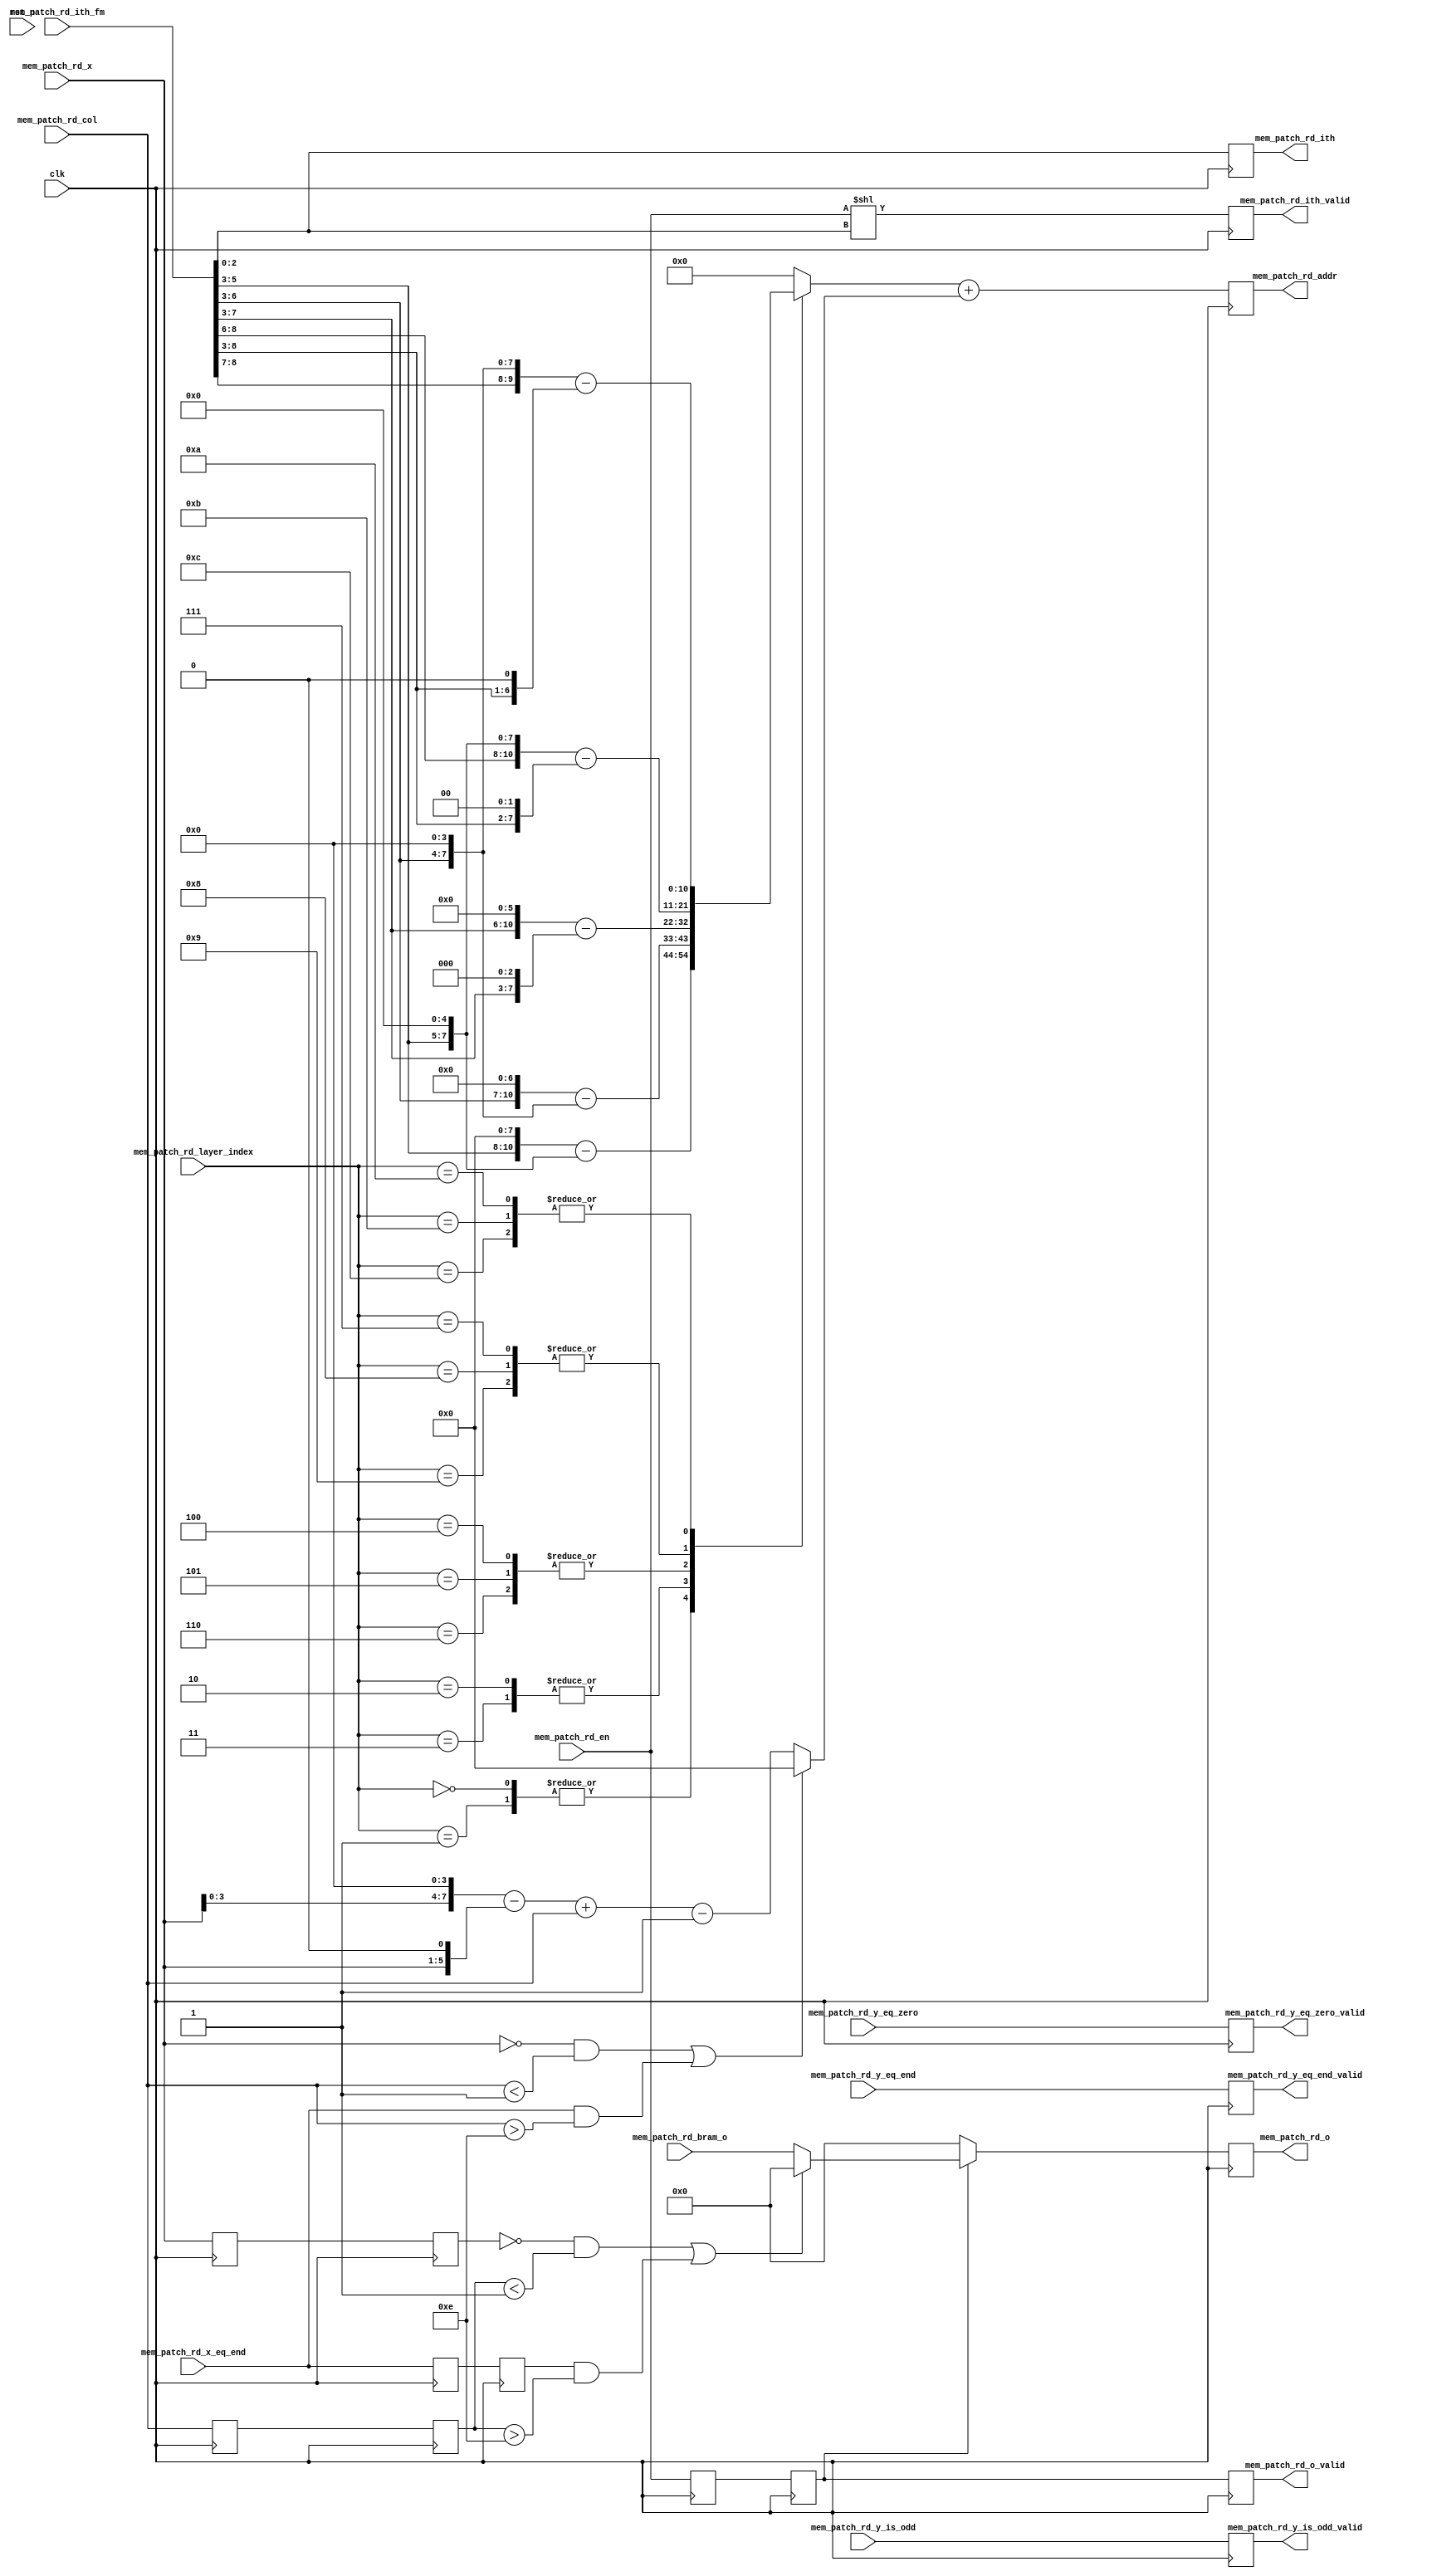
module mem_patch_rd #(
  parameter DATA_WIDTH    = 8,
  parameter IM_C          = 8
)(
  input  wire                       clk,
  input  wire                       rst_n,
//  input  wire [2:0]                 ker_size,
  
//  input  wire                       mem_patch_rd_conv_start, //start reading, need to remain valid during read operation.
//  input  wire                       mem_patch_rd_conv_busy,
input  wire [4:0]                 mem_patch_rd_layer_index,
  input  wire                       mem_patch_rd_en,
  /*(*mark_debug="TRUE"*)*/input  wire [8:0]                 mem_patch_rd_ith_fm,
  input  wire [4:0]                 mem_patch_rd_x,
  input  wire                       mem_patch_rd_x_eq_end,
  input  wire                       mem_patch_rd_y_eq_zero,
  input  wire                       mem_patch_rd_y_eq_end,
  input  wire                       mem_patch_rd_y_is_odd,
//  input  wire [7:0]                 mem_patch_rd_bottom_fm_width,
  /*(*mark_debug="TRUE"*)*/input  wire [4:0]                 mem_patch_rd_col, //addr_offset
  input  wire [18*DATA_WIDTH-1:0 ]  mem_patch_rd_bram_o,
                         
  /*(*mark_debug="TRUE"*)*/output reg  [IM_C-1:0]            mem_patch_rd_ith_valid,
  /*(*mark_debug="TRUE"*)*/output reg  [2:0]                 mem_patch_rd_ith,
  /*(*mark_debug="TRUE"*)*/output reg  [10:0]                mem_patch_rd_addr,
  /*(*mark_debug="TRUE"*)*/output reg                        mem_patch_rd_y_eq_zero_valid,
  /*(*mark_debug="TRUE"*)*/output reg                        mem_patch_rd_y_eq_end_valid,                      
  /*(*mark_debug="TRUE"*)*/output reg                        mem_patch_rd_y_is_odd_valid, 
  output reg  [18*DATA_WIDTH-1:0]   mem_patch_rd_o,
  /*(*mark_debug="TRUE"*)*/output reg                        mem_patch_rd_o_valid
);
//  (*mark_debug="TRUE"*)wire [DATA_WIDTH-1:0] mem_patch_rd_bram_o_h;
//  (*mark_debug="TRUE"*)wire [DATA_WIDTH-1:0] mem_patch_rd_o_h;
//  assign mem_patch_rd_bram_o_h = mem_patch_rd_bram_o[DATA_WIDTH*18-1:DATA_WIDTH*17];
//  assign mem_patch_rd_o_h = mem_patch_rd_o[DATA_WIDTH*18-1:DATA_WIDTH*17];
  //ker_size
  localparam KER_SIZE = 3'd3;
  
  //mem_patch_bram read control
  wire [IM_C-1:0]            _mem_patch_rd_ith_valid;
  wire [2:0]                 _mem_patch_rd_ith;
  wire [10:0]                _mem_patch_rd_addr;                      
  reg  [18*DATA_WIDTH-1:0]   _mem_patch_rd_o;
  
  wire [4:0]       _cw_size;
  reg  [10:0]      _rd_addr_ith;
  reg  [7:0]       _rd_addr;
  wire [5:0]       _rd_ith_fm_hpos;
  wire [2:0]       _rd_ith_fm_lpos; 
  reg  [4:0]       _rd_col_valid;
  reg              _rd_en_valid;
  reg  [4:0]       _rd_x_valid;
  reg              _rd_x_eq_end_valid;
  
  always@(posedge clk) begin
    mem_patch_rd_ith_valid <= _mem_patch_rd_ith_valid;
    mem_patch_rd_ith <= _mem_patch_rd_ith;
    mem_patch_rd_addr <= _mem_patch_rd_addr;
    mem_patch_rd_y_eq_zero_valid <= mem_patch_rd_y_eq_zero;
    mem_patch_rd_y_eq_end_valid <= mem_patch_rd_y_eq_end;
    mem_patch_rd_y_is_odd_valid <= mem_patch_rd_y_is_odd;
    mem_patch_rd_o <= _mem_patch_rd_o;
    mem_patch_rd_o_valid <= _rd_en_valid;
  end     
  
  assign _cw_size        = {2'b0, KER_SIZE} + 5'd13;
  assign _rd_ith_fm_hpos = mem_patch_rd_ith_fm[8:3];
  assign _rd_ith_fm_lpos = mem_patch_rd_ith_fm[2:0];
  
  //bram_ith_valid
  assign _mem_patch_rd_ith_valid = {7'b0, mem_patch_rd_en} << _rd_ith_fm_lpos;
  assign _mem_patch_rd_ith = _rd_ith_fm_lpos;
  
  //rd_addr
  assign _mem_patch_rd_addr = _rd_addr_ith + {3'b0, _rd_addr};

  //addr_ith
  always@(_rd_ith_fm_hpos or mem_patch_rd_layer_index) begin
  case(mem_patch_rd_layer_index)
    5'd0, 5'd1: begin //224, layer 0,1
      _rd_addr_ith = {_rd_ith_fm_hpos[2:0],8'b0} - {3'b0,_rd_ith_fm_hpos[2:0],5'b0};//224 * _rd_ith_fm_hpos[2:0];
    end
    5'd2, 5'd3: begin //112, layer 2,3
      _rd_addr_ith = {_rd_ith_fm_hpos[3:0],7'b0} - {3'b0,_rd_ith_fm_hpos[3:0],4'b0};//112 * _rd_ith_fm_hpos[3:0];
    end
    5'd4, 5'd5, 5'd6: begin //56, layer 3,4,5
      _rd_addr_ith = {_rd_ith_fm_hpos[4:0],6'b0} - {3'b0,_rd_ith_fm_hpos[4:0],3'b0};//56 * _rd_ith_fm_hpos[4:0];
    end
    5'd7, 5'd8, 5'd9: begin //28, layer 6,7,8
      _rd_addr_ith = {_rd_ith_fm_hpos[5:0],5'b0} - {3'b0,_rd_ith_fm_hpos[5:0],2'b0};//28 * _rd_ith_fm_hpos[5:0];
    end
    5'd10, 5'd11, 5'd12: begin //14, layer 9,10,11
      _rd_addr_ith = {1'b0,_rd_ith_fm_hpos[5:0],4'b0} - {4'b0,_rd_ith_fm_hpos[5:0],1'b0};//14 * _rd_ith_fm_hpos[5:0];
    end
    default: begin
      _rd_addr_ith = 11'd0;
    end
  endcase      
end
  
  //addr_start
  always@(mem_patch_rd_x or mem_patch_rd_x_eq_end or mem_patch_rd_col or KER_SIZE) begin
    if((mem_patch_rd_x == 5'd0) && (mem_patch_rd_col < (KER_SIZE>>1)) || 
       (mem_patch_rd_x_eq_end && (mem_patch_rd_col > (13+(KER_SIZE>>1)))) ) begin
      _rd_addr = 8'd0;
    end else begin
      _rd_addr =  (mem_patch_rd_x<<4) - (mem_patch_rd_x<<1) + mem_patch_rd_col - (KER_SIZE>>1);
    end
  end
  
  //rd_o
  //waiting to read data from bram
  reg  [4:0]    _rd_col_reg;
  reg           _rd_en_reg;
  reg  [4:0]    _rd_x_reg;
  reg           _rd_x_eq_end_reg;
  always@(posedge clk) begin //addr valid
    _rd_col_reg <= mem_patch_rd_col;
    _rd_en_reg <= mem_patch_rd_en;
    _rd_x_reg <= mem_patch_rd_x;
    _rd_x_eq_end_reg <= mem_patch_rd_x_eq_end;
  end
  always@(posedge clk) begin //bram data valid
    _rd_col_valid <= _rd_col_reg;
    _rd_en_valid <= _rd_en_reg;
    _rd_x_valid <= _rd_x_reg;
    _rd_x_eq_end_valid <= _rd_x_eq_end_reg;
  end
  always@(_rd_x_valid or _rd_x_eq_end_valid or _rd_col_valid or _rd_en_valid or mem_patch_rd_bram_o or KER_SIZE) begin
    if(_rd_en_valid) begin
      if( ((_rd_x_valid == 5'd0) && (_rd_col_valid < (KER_SIZE>>1))) || 
         (_rd_x_eq_end_valid && (_rd_col_valid > (13+(KER_SIZE>>1)))) )
        _mem_patch_rd_o = {(18*DATA_WIDTH)*{1'b0}};
      else
        _mem_patch_rd_o = mem_patch_rd_bram_o; //unvalid at rising edge of mem_patch_rd_en
    end else begin
      _mem_patch_rd_o = {(18*DATA_WIDTH)*{1'b0}};
    end
  end

endmodule